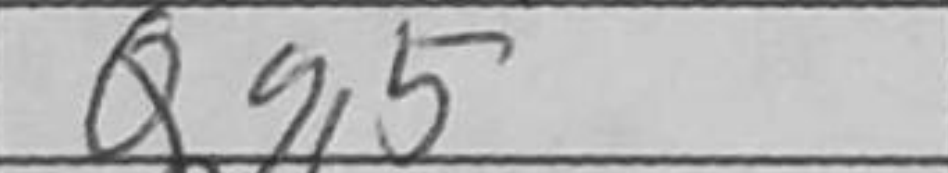
Transcription: Qg5